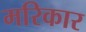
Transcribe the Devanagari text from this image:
मरिकार